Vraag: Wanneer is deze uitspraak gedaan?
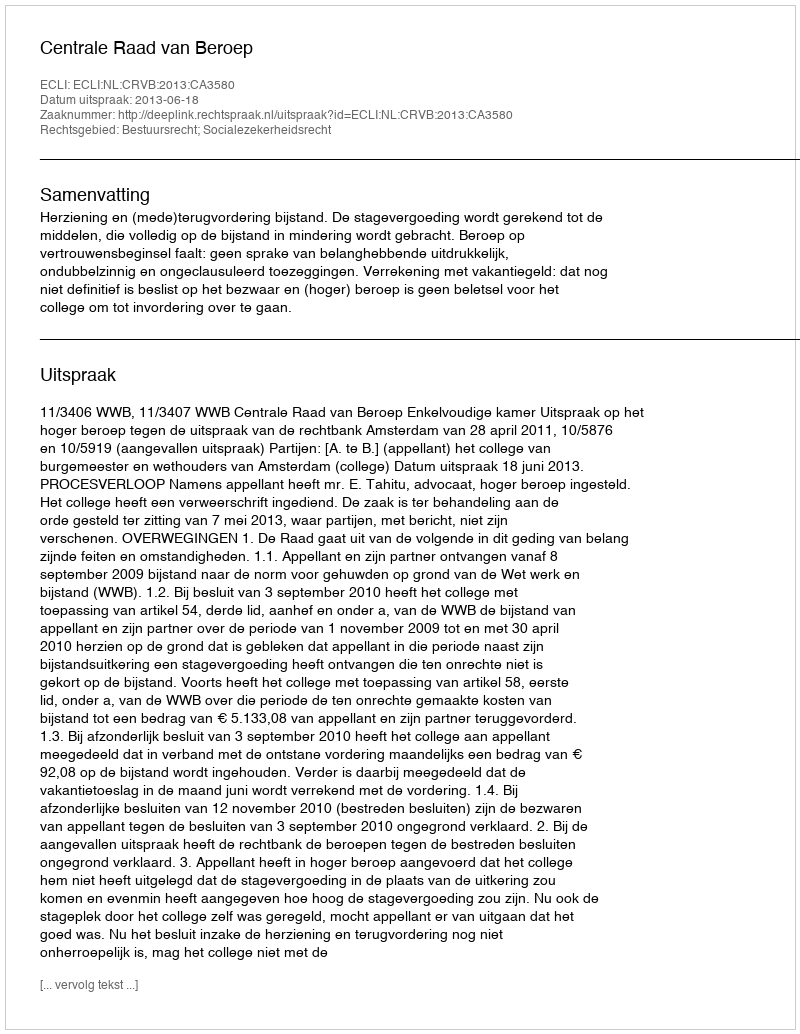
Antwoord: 2013-06-18